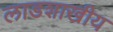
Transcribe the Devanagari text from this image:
लाडशाखीय